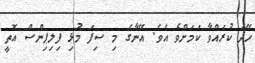
ހޭދަ ކުރައްވާ ކަމަށްވެ އެވެ. އޭނާގެ މި ސިފަ މުޅި ފިލިޕިންސް އޮތީ